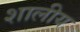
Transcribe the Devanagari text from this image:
शालीय